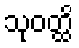
သုဝတ္ထိ